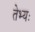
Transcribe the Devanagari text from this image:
तेभ्यः